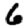
Digit: 6